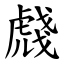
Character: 虥